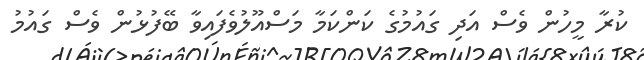
ކުރާ މީހުން ވެސް އަދި ގައުމުގެ ކަންކަމާ މަސްއޫލުވެފައިވާ ބޭފުޅުން ވެސް ގައުމު